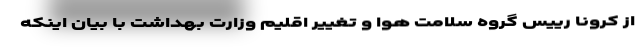
از کرونا رییس گروه سلامت هوا و تغییر اقلیم وزارت بهداشت با بیان اینکه